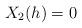
LaTeX: \begin{align*}X_{2}(h)=0\end{align*}